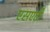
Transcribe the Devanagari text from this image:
एसएटी